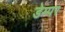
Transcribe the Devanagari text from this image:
डेम्पर